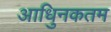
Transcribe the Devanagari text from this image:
आधुिनकतम